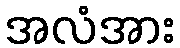
အလံအား